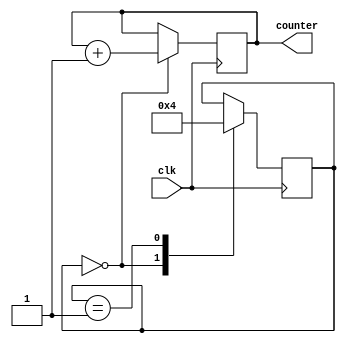
module gray_counter_clock_divider(
   input wire clk,
   output reg [7:0] counter
);

reg [1:0] state;
parameter IDLE = 2'd0;
parameter COUNT = 2'd1;

always @(posedge clk) begin
   case(state)
      IDLE: begin
         counter <= counter + 1;
         state <= COUNT;
      end
      COUNT: begin
         state <= IDLE;
      end
   endcase
end

endmodule